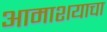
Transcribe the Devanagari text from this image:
आमाशयाचा